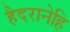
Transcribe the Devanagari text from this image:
हैदरानेहि